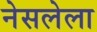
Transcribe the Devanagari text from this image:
नेसलेला